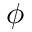
\phi